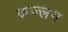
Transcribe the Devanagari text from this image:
कज्लग